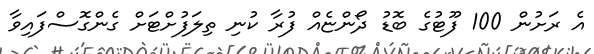
އެ ރަށުން 100 ފޫޓުގެ ބޮޑު ދޯންޏެއް ފުރާ ކުނި ތިލަފުށްޓަށް ގެންގޮސްފައިވާ